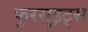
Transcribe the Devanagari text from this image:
फुरसुइट्स